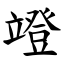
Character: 竳